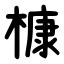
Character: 槺